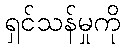
ရှင်သန်မှုကို